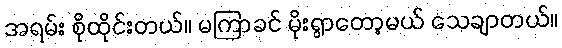
အရမ်း စိုထိုင်းတယ်။ မကြာခင် မိုးရွာတော့မယ် သေချာတယ်။